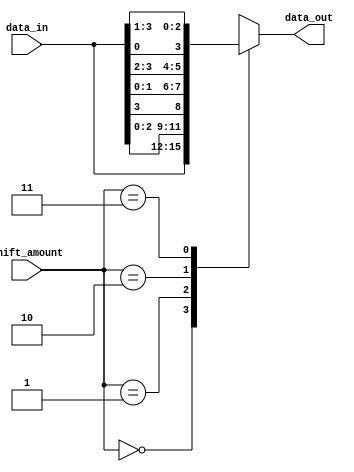
module BarrelShifter(
    input [3:0] data_in,
    input [1:0] shift_amount,
    output reg [3:0] data_out
);

always @(*) begin
    case(shift_amount)
        2'b00: data_out = data_in; // no shift
        2'b01: data_out = {data_in[2:0], data_in[3]}; // logical right shift by 1
        2'b10: data_out = {data_in[1:0], data_in[3:2]}; // logical left shift by 1
        2'b11: data_out = {data_in[0], data_in[3:1]}; // circular right shift by 1
    endcase
end

endmodule